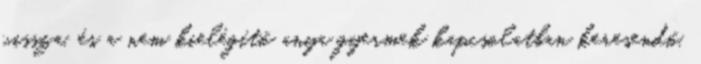
vissza, és a nem kielégítő anya gyermek kapcsolatban keresendő.